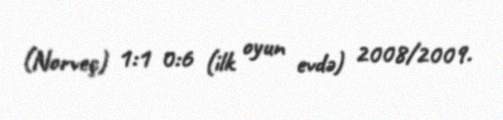
(Norveç) 1:1 0:6 (ilk oyun evdə) 2008/2009.